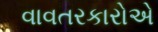
વાવતરકારોએ